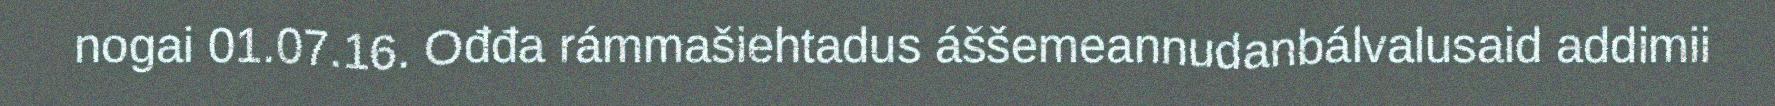
nogai 01.07.16. Ođđa rámmašiehtadus áššemeannudanbálvalusaid addimii